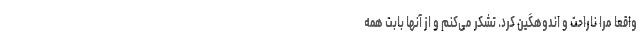
واقعاً مرا ناراحت و اندوهگین کرد. تشکر می‌کنم و از آنها بابت همه